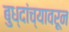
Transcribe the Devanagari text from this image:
बुध्दांच्यावरून